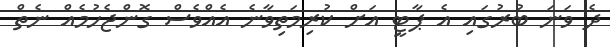
ދެ ވަނަ ބުރުގައި އެ ޕާޓީ އަށް ކުރިމަތިވާނެ އެއްވެސް ގޮންޖެހުމެއް ނެތް